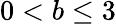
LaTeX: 0<b\le 3